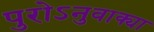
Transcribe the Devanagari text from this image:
पुरोऽनुवाक्या